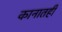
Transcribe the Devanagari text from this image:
कानातही